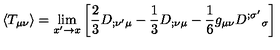
\langle T _ { \mu \nu } \rangle = \lim _ { x ^ { \prime } \rightarrow x } \left[ { \frac { 2 } { 3 } } { D } _ { ; \nu ^ { \prime } \mu } - { \frac { 1 } { 3 } } { D } _ { ; \nu \mu } - { \frac { 1 } { 6 } } g _ { \mu \nu } { D } ^ { ; \sigma ^ { \prime } } { } _ { \sigma } \right]